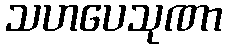
သဟပေသုဏာ